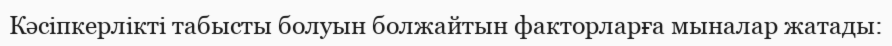
Кәсіпкерлікті табысты болуын болжайтын факторларға мыналар жатады: